Indian journal of veterinary science and animal husbandry - Volume 11,
Year: 1941
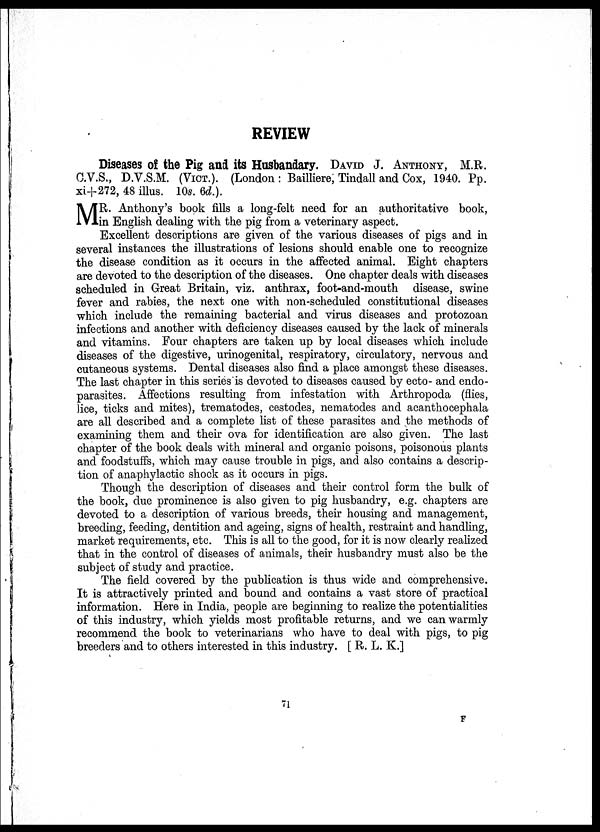
REVIEW
Diseases of the Pig and its Husbandary. DAVID J. ANTHONY, M. R.
C. V. S. , D. V. S. M. (VICT.). (London : Bailliere, Tindall and Cox, 1940. Pp.
xi+272, 48 illus. 10s. 6d. ).
M R. Anthony's book fills a long-felt need for an authoritative book,
in English dealing with the pig from a veterinary aspect.
Excellent descriptions are given of the various diseases of pigs and in
several instances the illustrations of lesions should enable one to recognize
the disease condition as it occurs in the affected animal. Eight chapters
are devoted to the description of the diseases. One chapter deals with diseases
scheduled in Great Britain, viz. anthrax, foot-and-mouth disease, swine
fever and rabies, the next one with non-scheduled constitutional diseases
which include the remaining bacterial and virus diseases and protozoan
infections and another with deficiency diseases caused by the lack of minerals
and vitamins. Four chapters are taken up by local diseases which include
diseases of the digestive, urinogenital, respiratory, circulatory, nervous and
cutaneous systems. Dental diseases also find a place amongst these diseases.
The last chapter in this series is devoted to diseases caused by ecto- and endo¬
parasites. Affections resulting from infestation with Arthropoda (flies,
lice, ticks and mites), trematodes, cestodes, nematodes and acanthocephala
are all described and a complete list of these parasites and the methods of
examining them and their ova for identification are also given. The last
chapter of the book deals with mineral and organic poisons, poisonous plants
and foodstuffs, which may cause trouble in pigs, and also contains a descrip-
tion of anaphylactic shock as it occurs in pigs.
Though the description of diseases and their control form the bulk of
the book, due prominence is also given to pig husbandry, e. g. chapters are
devoted to a description of various breeds, their housing and management,
breeding, feeding, dentition and ageing, signs of health, restraint and handling,
market requirements, etc. This is all to the good, for it is now clearly realized
that in the control of diseases of animals, their husbandry must also be the
subject of study and practice.
The field covered by the publication is thus wide and comprehensive.
It is attractively printed and bound and contains a vast store of practical
information. Here in India, people are beginning to realize the potentialities
of this industry, which yields most profitable returns, and we can warmly
recommend the book to veterinarians who have to deal with pigs, to pig
breeders and to others interested in this industry. [ R. L. K. ]
71
F